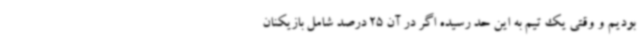
بودیم و وقتی یک تیم به این حد رسیده اگر در آن 25 درصد شامل بازیکنان